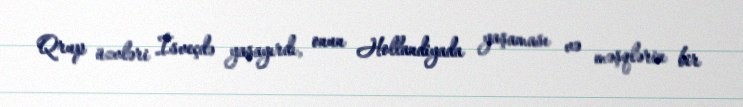
Qrup üzvləri İsveçdə yaşayırdı, onun Hollandiyada yaşaması və məşqlərin bir